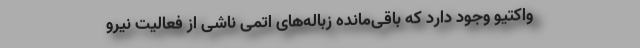
واکتیو وجود دارد که باقی‌مانده زباله‌های اتمی ناشی از فعالیت نیرو